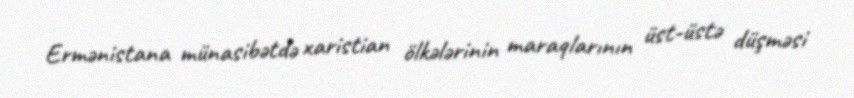
Ermənistana münasibətdə xaristian ölkələrinin maraqlarının üst-üstə düşməsi